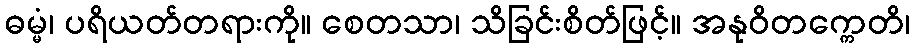
ဓမ္မံ၊ ပရိယတ်တရားကို။ စေတသာ၊ သိခြင်းစိတ်ဖြင့်။ အနုဝိတက္ကေတိ၊